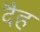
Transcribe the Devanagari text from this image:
दैह